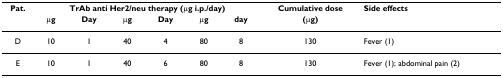
<table><thead><tr><td><b>Pat.</b></td><td colspan="6"><b>TrAb anti Her2/neu therapy (μg i.p./day)</b></td><td><b>Cumulative dose</b></td><td><b>Side effects</b></td></tr><tr><td>[EMPTY_CELL]</td><td><b>μg</b></td><td><b>Day</b></td><td><b>μg</b></td><td><b>Day</b></td><td><b>μg</b></td><td><b>day</b></td><td><b>(μg)</b></td><td>[EMPTY_CELL]</td></tr></thead><tbody><tr><td>D</td><td>10</td><td>1</td><td>40</td><td>4</td><td>80</td><td>8</td><td>130</td><td>Fever (1)</td></tr><tr><td>E</td><td>10</td><td>1</td><td>40</td><td>6</td><td>80</td><td>8</td><td>130</td><td>Fever (1); abdominal pain (2)</td></tr></tbody></table>